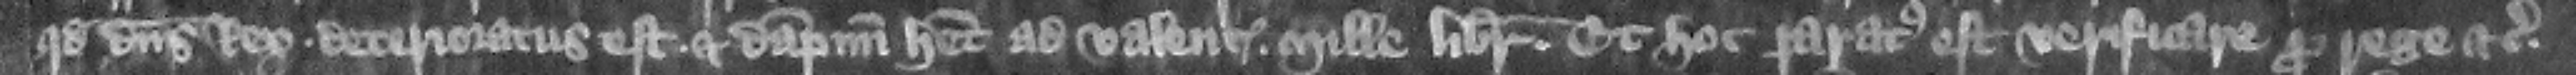
quod dominus rex deterioratus est et dampnum habet ad valenciam mille librarum. Et hoc paratus est verificare pro rege etc.